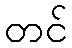
တင်